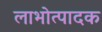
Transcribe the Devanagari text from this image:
लाभोत्पादक